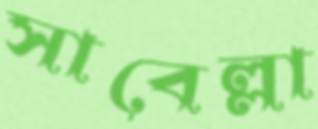
সাবেল্লা